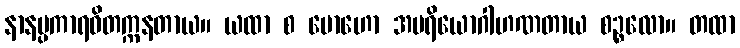
နာနပ္ပကာရဝိတက္ကနတာယ။ ယထာ စ မောဟော အပရိယောဂါဟဏတာယ စဉ္စလော။ တထာ